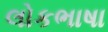
લોકભાષા